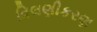
વિલણીકરણ